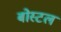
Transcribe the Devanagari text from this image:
बोस्टल